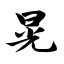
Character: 晃